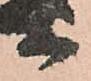
等